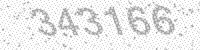
Solution: 343166